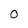
Character: O